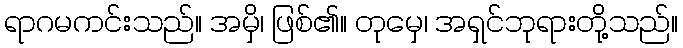
ရာဂမကင်းသည်။ အမှိ၊ ဖြစ်၏။ တုမှေ၊ အရှင်ဘုရားတို့သည်။